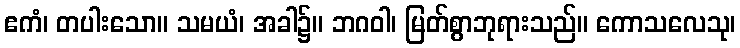
ဧကံ၊ တပါးသော။ သမယံ၊ အခါ၌။ ဘဂဝါ၊ မြတ်စွာဘုရားသည်။ ကောသလေသု၊